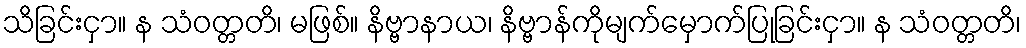
သိခြင်းငှာ။ န သံဝတ္တတိ၊ မဖြစ်။ နိဗ္ဗာနာယ၊ နိဗ္ဗာန်ကိုမျက်မှောက်ပြုခြင်းငှာ။ န သံဝတ္တတိ၊